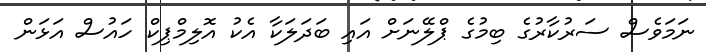
ނަމަވެސް ސަރުކާރުގެ ބިމުގެ ޕްލޭނަށް އައި ބަދަލަކާ އެކު އޮލިމްޕިކް ހައުސް އަޅަން